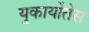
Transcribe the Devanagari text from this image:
युकार्योतेस